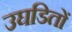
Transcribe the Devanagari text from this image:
उघडितों